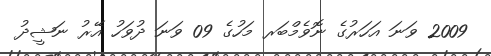
2009 ވަނަ އަހަރުގެ ނޮވެމްބަރ މަހުގެ 09 ވަނަ ދުވަހު އޭރު ނަޝީދު